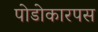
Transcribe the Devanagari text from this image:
पोडोकारपस